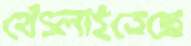
থেঁৎলাইতেছে